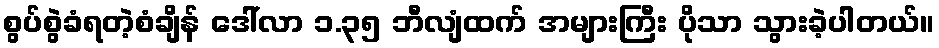
စွပ်စွဲခံရတဲ့စံချိန် ဒေါ်လာ ၁.၃၅ ဘီလျံထက် အများကြီး ပိုသာ သွားခဲ့ပါတယ်။